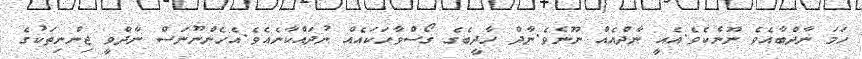
ހަމަ ނާދްބާއެވެ ނޫނެކެވެ.އެއީ ނާދްއެއް ނޫނެވެ.ނާދް ހާދީބެގެ ގޯސްވާހަކައެއް ނުދައްކާނެއެވެ.އެހެންނޫނަސް ނާދްވީ ޖިންނިތަކުގެ